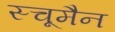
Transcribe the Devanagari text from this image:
स्चूमैन